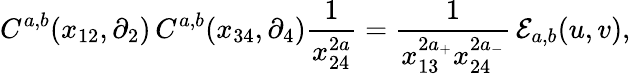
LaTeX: C^{a,b}(x_{12},\partial_{2})\, C^{a,b}(x_{34},\partial_{4})\frac{1}{x_{24}^{2a}}=\frac{1}{x_{13}^{2a_{+}}x_{24}^{2a_{-}}}\, {\cal{E}}_{a,b}(u,v),